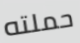
حملته